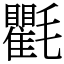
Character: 氍